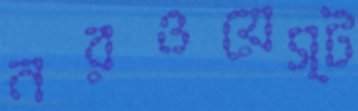
নরওয়েস্ট